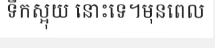
ទឹកស្អុយ នោះទេ។មុនពេល